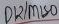
Text: D12